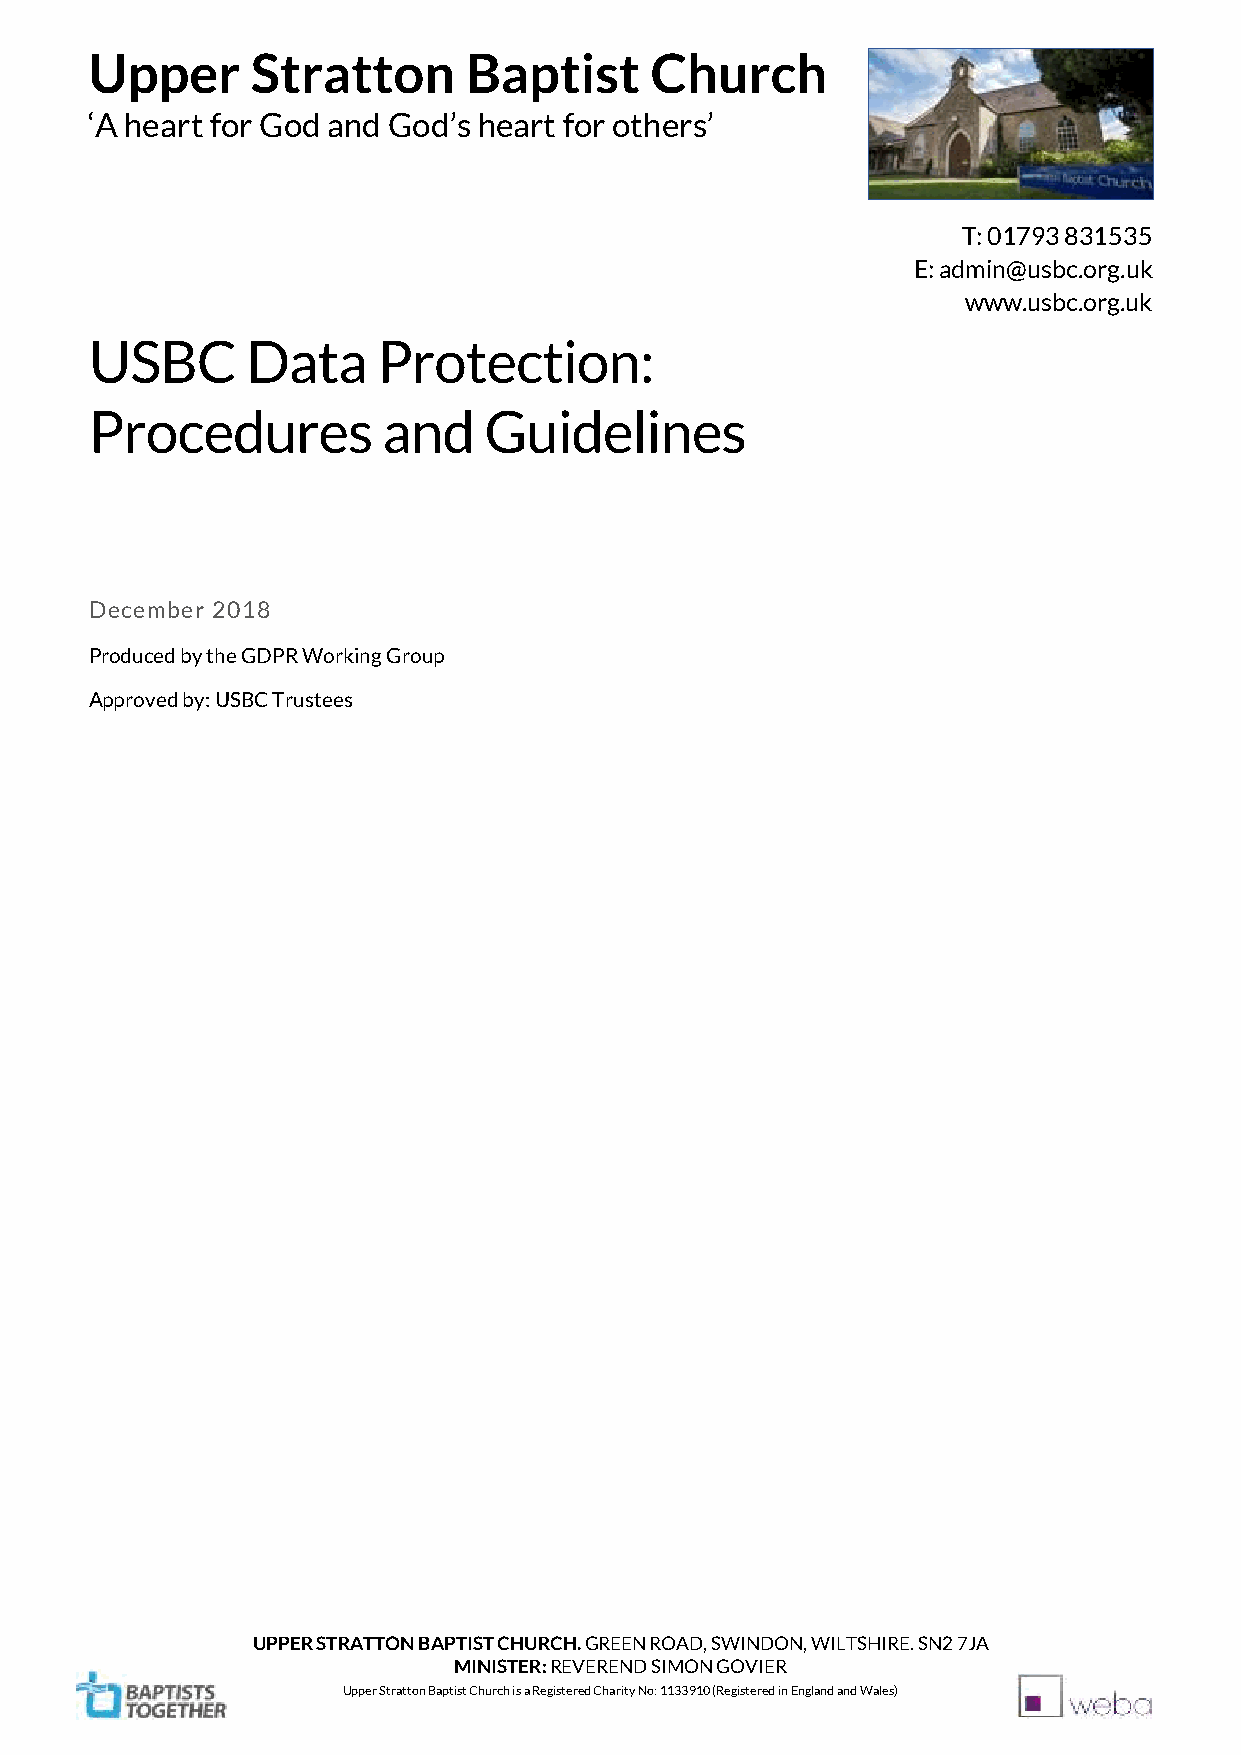
Upper      Stratton      Baptist     Church
 ‘A heart for God and God’s heart for others’
 T: 01793 831535
 E: admin@usbc.org.uk
 www.usbc.org.uk
 USBC      Data     Protection:
 Procedures         and    Guidelines
 December 2018
 Produced by the GDPR Working Group
 Approved by: USBC Trustees
 UPPER STRATTON BAPTIST CHURCH. GREEN ROAD, SWINDON, WILTSHIRE. SN2 7JA
 MINISTER: REVEREND SIMON GOVIER
 Upper Stratton Baptist Church is a Registered Charity No: 1133910 (Registered in England and Wales)